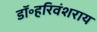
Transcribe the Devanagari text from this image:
डॉ॰हरिवंशराय